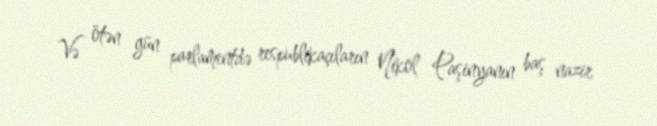
Və ötən gün parlamentdə respublikaçıların Nikol Paşinyanın baş nazir